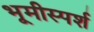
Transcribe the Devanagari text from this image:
भूमीस्पर्श